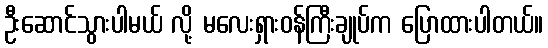
ဦးဆောင်သွားပါမယ် လို့ မလေးရှားဝန်ကြီးချုပ်က ပြောထားပါတယ်။